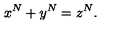
x ^ { N } + y ^ { N } = z ^ { N } .